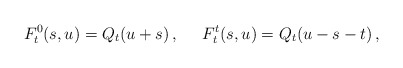
\begin{align*}F_{t}^{0}(s,u)= Q_t (u+s)\,, \;\;\;\;\;F_{t}^{t}(s,u)= Q_t (u-s-t)\,,\end{align*}